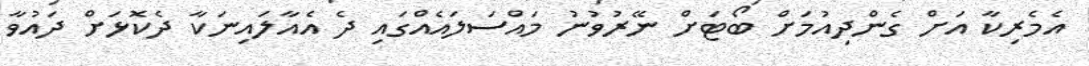
އެމެރިކާ އަށް ގެންދިއުމަށް ބޯޓަށް ނޭރުވުނު މައްސަލައެއްގައި ދެ އެއާލައިނަކާ ދެކޮޅަށް ދައުވާ